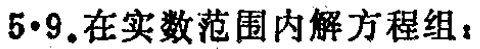
$5\cdot9.在实数范围内解方程组：$